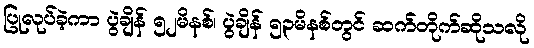
ပြုလုပ်ခဲ့ကာ ပွဲချိန် ၅၂မိနစ်၊ ပွဲချိန် ၅၃မိနစ်တွင် ဆက်တိုက်ဆိုသလို